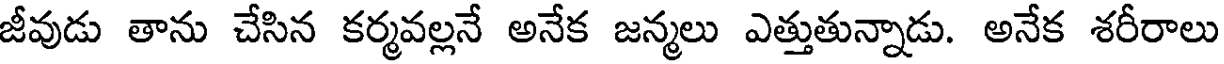
జీవుడు తాను చేసిన కర్మవల్లనే అనేక జన్మలు ఎత్తుతున్నాడు. అనేక శరీరాలు